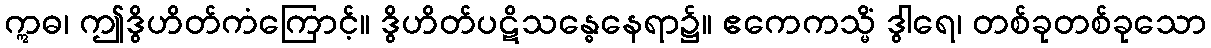
ဣဓ၊ ဤဒွိဟိတ်ကံကြောင့်။ ဒွိဟိတ်ပဋိသန္ဓေနေရာ၌။ ဧကေကသ္မိံ ဒွါရေ၊ တစ်ခုတစ်ခုသော